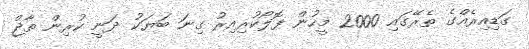
ގަޑިއިރެއްގެ ތެރޭގައި 2000 މީހުން ފޮލޯކުރިއިރު ގިނަ ބަޔަކު ދަނީ ކުރިން ތާޖް